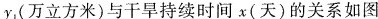
y_{1}(万立方米)与干旱持续时间x(天)的关系如图